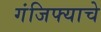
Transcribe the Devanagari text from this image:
गंजिफ्याचे